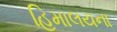
હિમાલયના